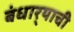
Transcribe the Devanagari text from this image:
बंधार्‍याची